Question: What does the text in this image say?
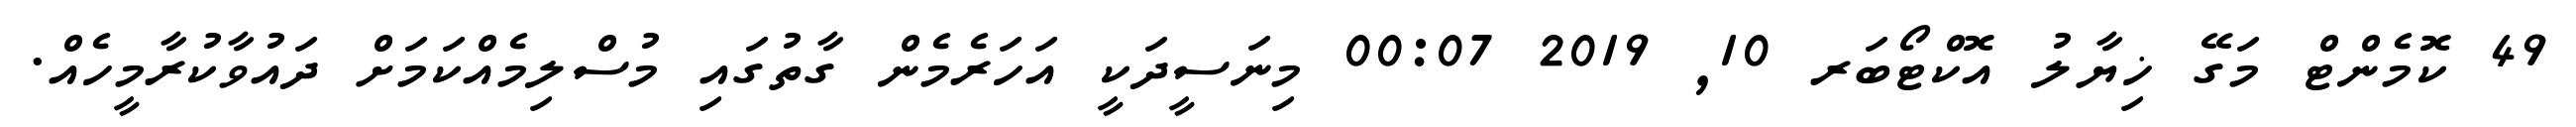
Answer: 49 ކޮމެންޓް މަގޭ ޚިޔާލު އޮކްޓޯބަރ 10, 2019 00:07 މިނަސީދަކީ އަހަރެމެން ގާތުގައި މުސްލިމެއްކަމަށް ދައުވާކުރާމީހެއް.